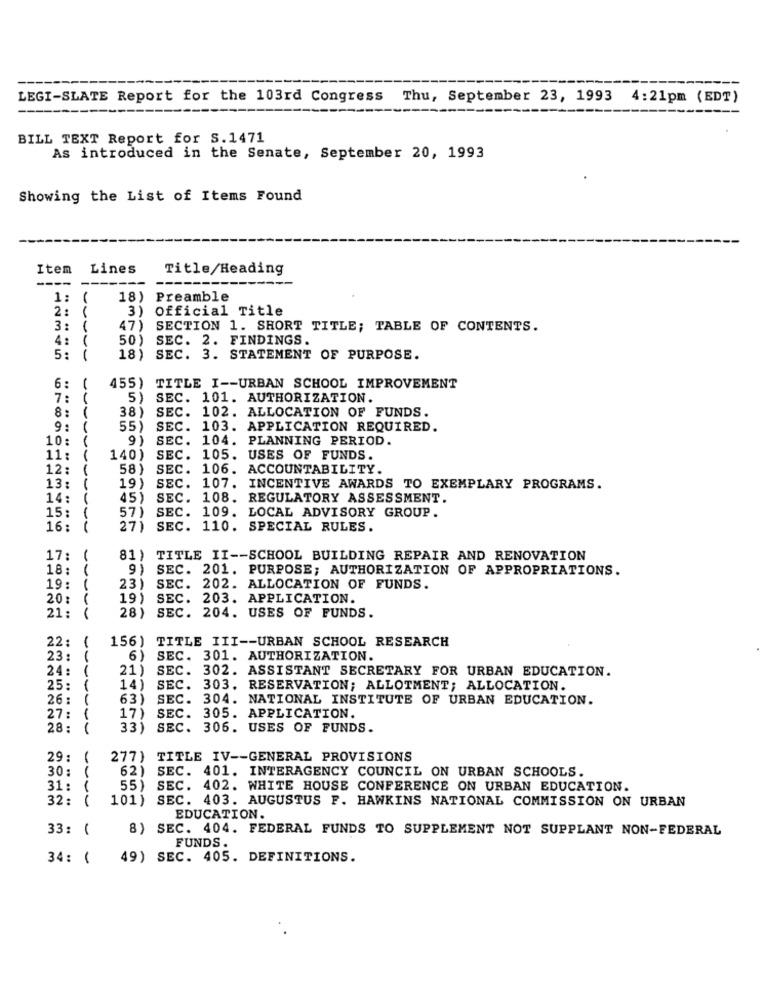
LEGI-SLATE Report for the 103rd Congress Thu, September 23, 1993 4:21pm (EDT)
BILL TEXT Report for S.1471
As introduced in the Senate, September 20, 1993
Showing the List of Items Found
Item
Lines
Title/Heading
-
1 :
18)
Preamble
2 :
3)
Official Title
3: {
47) SECTION 1. SHORT TITLE; TABLE OF CONTENTS.
50) SEC. 2. FINDINGS.
4: (
5:
18) SEC. 3. STATEMENT OF PURPOSE.
6 :
455) TITLE I -- URBAN SCHOOL IMPROVEMENT
7:
5)
SEC. 101. AUTHORIZATION.
8:
38) SEC. 102. ALLOCATION OF FUNDS.
9: (
55) SEC. 103. APPLICATION REQUIRED.
10:
9)
SEC. 104. PLANNING PERIOD.
11:
140)
SEC. 105.
USES OF FUNDS.
12:
58)
SEC. 106. ACCOUNTABILITY.
13:
19)
SEC. 107. INCENTIVE AWARDS TO EXEMPLARY PROGRAMS.
14:
1
45) SEC. 108. REGULATORY ASSESSMENT.
15:
57) SEC. 109. LOCAL ADVISORY GROUP.
16:
27) SEC. 110. SPECIAL RULES.
17:
1
81) TITLE II -- SCHOOL BUILDING REPAIR AND RENOVATION
18:
9) SEC. 201. PURPOSE; AUTHORIZATION OF APPROPRIATIONS.
19:
23) SEC. 202. ALLOCATION OF FUNDS.
20:
19) SEC. 203. APPLICATION.
21:
1
JUV
28) SEC. 204. USES OF FUNDS.
1
156)
TITLE III -- URBAN SCHOOL RESEARCH
22
23
6)
SEC. 301. AUTHORIZATION.
24:
1
21) SEC. 302. ASSISTANT SECRETARY FOR URBAN EDUCATION.
25:
1
14) SEC. 303. RESERVATION; ALLOTMENT; ALLOCATION.
26 :
63)
SEC. 304. NATIONAL INSTITUTE OF URBAN EDUCATION.
27:
1
17) SEC. 305. APPLICATION.
28:
33) SEC. 306. USES OF FUNDS.
29:
1
277) TITLE IV -- GENERAL PROVISIONS
30
62) SEC. 401. INTERAGENCY COUNCIL ON URBAN SCHOOLS.
31:
55) SEC. 402. WHITE HOUSE CONFERENCE ON URBAN EDUCATION.
32:
1
101) SEC. 403. AUGUSTUS F. HAWKINS NATIONAL COMMISSION ON URBAN
EDUCATION.
33: (
8) SEC. 404. FEDERAL FUNDS TO SUPPLEMENT NOT SUPPLANT NON-FEDERAL
FUNDS .
34: ( 49) SEC. 405. DEFINITIONS.